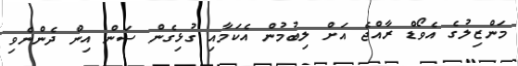
މަންޒިލުގެ އެވޯޑް ރާއްޖެ އަށް ލިބުމުން އެކަމާއި ގުޅިގެން ސަން އިން ދެންނެވި